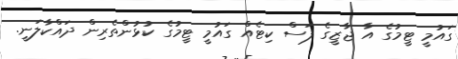
ގައުމީ ޓީމުގެ އާ ޖާޒީގެ ފަސް ކިޓެއް ގައުމީ ޓީމުގެ ކުޅުންތެރިން ދައްކާލަނީ.